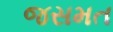
જસમત